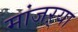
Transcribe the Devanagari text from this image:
मांजऱ्या